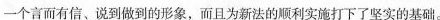
个言而有信、说到做到的形象，而且为新法的利实打下了坚实的基础。